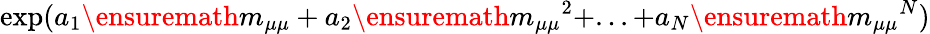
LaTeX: \exp(a_{1}\ensuremath{m_{\mu\mu}}+a_{2}\ensuremath{m_{\mu\mu}}^{2}+...+a_{N}\ensuremath{m_{\mu\mu}}^{N})